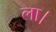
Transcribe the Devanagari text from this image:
ला।